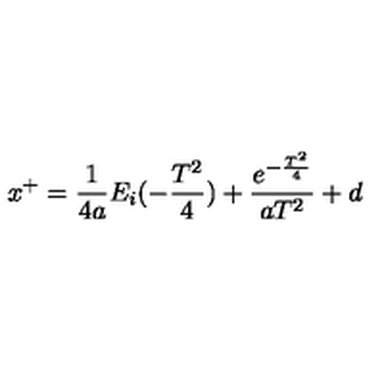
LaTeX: x ^ { + } = \frac { 1 } { 4 a } E _ { i } ( - \frac { T ^ { 2 } } { 4 } ) + \frac { e ^ { - \frac { T ^ { 2 } } { 4 } } } { a T ^ { 2 } } + d